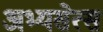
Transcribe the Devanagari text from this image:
अभ्यसेत्स